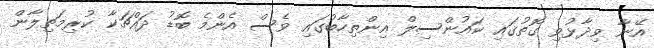
އޭނާ ވިދާޅުވި ގޮތުގައި ކައުންސިލް އިންތިހާބުގައި ވެސް އެންމެ ބޮޑު ދައްޗަކާ ކުރިމަތިލާން